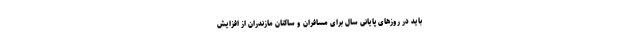
باید در روزهای پایانی سال برای مسافران و ساکنان مازندران از افزایش